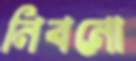
নিবনো